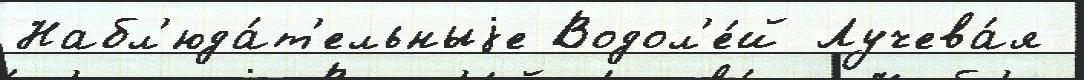
Набл'юда́т'ельныjе Водол'е́й Лучева́я